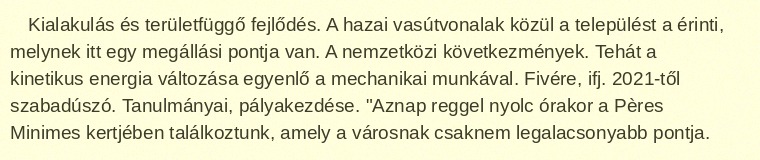
Kialakulás és területfüggő fejlődés. A hazai vasútvonalak közül a települést a érinti, melynek itt egy megállási pontja van. A nemzetközi következmények. Tehát a kinetikus energia változása egyenlő a mechanikai munkával. Fivére, ifj. 2021-től szabadúszó. Tanulmányai, pályakezdése. "Aznap reggel nyolc órakor a Pères Minimes kertjében találkoztunk, amely a városnak csaknem legalacsonyabb pontja.